Annual statistical returns and brief notes on vaccination in Bengal - 1896-1909
Year: 1896
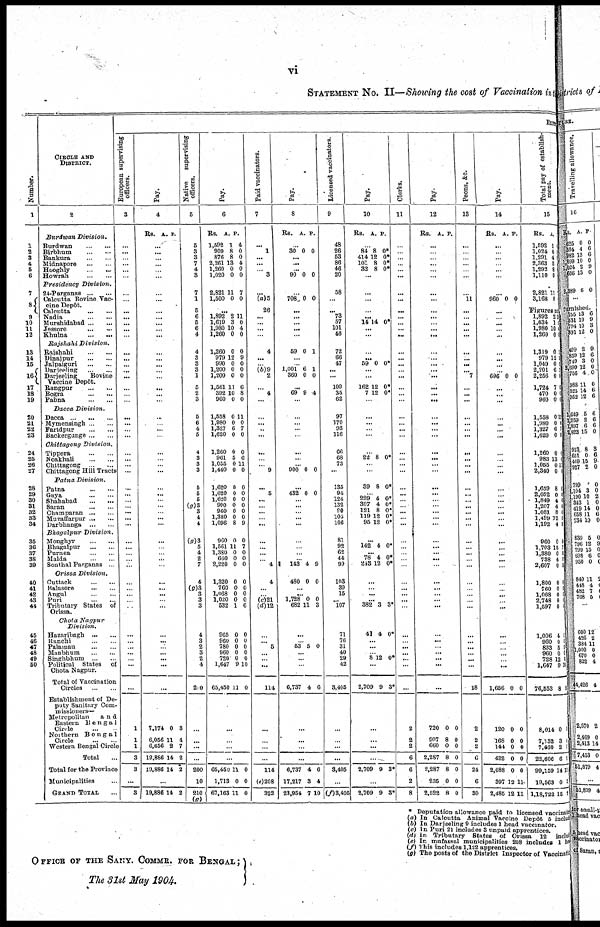
vi
STATEMENT NO. II—Showing the cost of Vaccination in the
Number.
1
1
2
3
4
5
6
7
8
9
10
11
12
13
14
15
16
17
18
19
20
21
22
23
24
25
26
27
28
29
30
31
32
33
34
35
36
37
38
39
40
41
42
43
44
45
46
47
48
49
50
CIRCLE AND
DISTRICT.
2
Burdwan
Division.
Burdwan
...
...
Birbhum
...
...
Bankura
...
...
Midnapore
...
...
Hooghly
...
...
Howrah
...
...
Presidency
Division.
24-Parganas
...
...
Calcutta Bovine Vac-
cine Depôt.
Calcutta
...
...
Nadia
...
...
Murshidabad ... ...
Jessore
...
...
Khulna
...
...
Rajshahi
Division.
Rajshahi
...
...
Dinajpur
...
...
Jalpaiguri
...
...
Darjeeling
...
...
Darjeeling
Bovine
Vaccine Depôt.
Rangpur
...
...
Bogra
...
...
Pabna
...
...
Dacca
Division.
Dacca
...
...
Mymensingh ... ...
Faridpur
...
...
Backergunge ... ...
Chittagong
Division.
Tippera
...
...
Noakhali
...
...
Chittagong
...
...
Chittagong Hill Tracts
Patna
Division.
Patna
...
...
Gaya ... ...
Shahabad
...
...
Saran
...
...
Champaran ... ...
Muzaffarpur ... ...
Darbhanga
...
...
Bhagalpur
Division.
Monghyr
...
...
Bhagalpur
...
...
Purnea
...
...
Malda
...
...
Sonthal Parganas ...
Orissa
Division.
Cuttack
...
...
Balasore
...
...
Angul
...
...
Puri
...
...
Tributary States of
Orissa.
Chota
Nagpur
Division.
Hazaribagh
...
...
Ranchi
...
...
Palamau
...
...
Manbhum
...
...
Singhbhum
...
...
Political States of
Chota Nagpur.
Total of Vaccination
Circles
...
...
Establishment of De-
puty Sanitary Com-
missioners—
Metropolitan
and
Eastern
Benga1
Circle
...
...
Northern
Bengal
Circle
...
...
Western Bengal Circle
Total ...
Total for the Province
Municipalities ...
GRAND TOTAL ...
EXPE
European supervising
officers.
3
...
...
...
...
...
...
...
...
...
...
...
...
...
...
...
...
...
...
...
...
...
...
...
...
...
...
...
...
...
...
...
...
... ...
...
...
...
...
...
...
...
...
...
...
... ...
...
...
...
...
... ...
...
1
1
1
3
3
...
3
Pay.
4
Rs. A. P.
...
...
...
...
... ...
...
...
...
... ...
... ...
...
...
...
...
...
...
...
...
...
... ...
...
...
...
... ...
...
...
...
... ...
...
...
...
...
... ...
...
...
...
...
... ...
...
...
... ...
...
...
...
7,174
6,056
6,656
19,886
10,886
0
11
9
14
14
3
4
7
2
2
...
19,886 14 2
Native
supervising
officers.
5
5
3
3
7
4
3
7
1
5
6
5
6
4
4
3
3
3
1
5
2
3
5
6
4
5
4
3
3
3
5
5
5
(g)3
3
4
4
(g)3
5
4
2
7
4
(g)3
3
3
3
4
3
2
3
2
4
210
...
...
...
...
200
10
210
(g)
Pay.
6
Rs.
1,592
909
876
2,261
1,260
1,020
2,821
1,500
A.
1
8
8
13
0
0
11
0
P.
4
0
0
4
0
0
7
0
...
1,892
1,619
1,980
1,260
1,260
979
990
1,200
1,200
1,561
392
960
2
3
10
0
0
12
0
0
0
11
10
0
11
0
4
0
0
9
0
0
0
6
8
0
1,558
1,980
1,327
1,620
1,260
961
1,055
1,440
1,620
1,620
1,620
900
960
1,380
1,096
960
1,561
1,380
660
2,220
1,320
760
1,068
1,020
532
0
0
6
0
0
5
0
0
0
0
0
0
0
0
8
0
11
0
0
0
0
0
0
0
1
11
0
7
0
0
6
11
0
0
0
0
0
0
0
9
0
7
0
0
0
0
0
0
0
6
965
960
780
960
720
1,647
65,450
0
0
0
0
0
9
11
0
0
0
0
0
10
0
...
...
...
...
65,460
1,713
67,163
11
0
11
0
0
0
Paid vaccinators.
7
... 1
...
...
... 3
...
(a)5
26
...
...
. ..
...
4
...
... (b)9
2
... 4
...
...
...
...
...
...
...
... 9
... 5
...
... ...
... ...
...
...
...
... 4
4
...
... (c)21
(d)12
...
... 5
...
... ...
114
...
...
...
...
114
(e)208
322
Pay.
8
Rs. A. P.
...
30 0 0
...
...
...
90 0 0
... 708 0 0
...
...
...
...
...
59 0 1
...
... 1,001
360
6
0
1
0
...
69 9 4
...
...
...
...
...
...
...
...
900 0 0
...
432 0 0
...
... ...
... ...
...
... ...
...
143 4 9
480 0 0
...
...
1,728
682
0
11
0
3
...
... 53 5 0
...
...
6,731 4 6
...
...
...
...
6,737
17,217
23,954
4
3
7
6
4
10
Licensed vaccinators.
9
48
26
53
86
46
20
58
...
... 73
57
101
46
72
66
47
... ...
109
35
62
97
170
93
116
66
68
73
...
135
94
124
132
90
105
106
81
92
62
44
99
103
39
15
... 107
71
76
31
40
29
42
3,405
...
...
...
...
3,405
...
(f) 3,405
Pay.
10
Rs. A. P.
... 84
414
101
32
8
12
8
8
0* 0*
0*
0*
...
...
...
...
... 14 14 0*
... ...
...
...
59 0 0*
...
...
162
7
12
12
0*
0*
...
...
...
...
...
... 22 8 0*
...
...
39 8 0*
... 229
307
121
119
95
4
4
8
12
12
0*
0*
0*
0*
0*
...
142 4 0*
...
78
243
4
12
0*
0*
...
... ...
...
382 3 3*
41 4 0*
...
...
... 8 12 0*
...
2,709 9 3*
...
...
...
...
2,709 9 3*
...
2,709 9 3*
Clerks.
11
...
...
...
...
...
...
...
...
...
...
...
...
...
...
...
...
...
...
...
...
...
...
...
...
...
...
...
...
...
...
...
...
... ...
...
...
...
...
...
...
...
...
...
...
...
...
...
...
...
...
...
...
...
2
2
2
6
6
2
8
Pay.
12
Rs. A. P.
...
...
... ...
...
...
...
...
...
...
...
... ...
...
... ...
... ...
...
... ...
...
...
...
...
...
...
...
...
...
...
...
... ...
... ...
...
...
...
...
...
...
...
...
... ...
...
...
...
...
...
...
...
720
907
660
2,287
2,287
235
2,522
0
8
0
8
8
0
8
0
0
0
0
0
0
0
Peons, &c.
13
...
...
...
...
...
...
...
11
...
...
...
...
...
...
...
...
... 7
...
...
...
...
...
...
...
...
...
...
...
...
...
...
... ...
...
...
...
...
...
...
...
...
...
...
... ...
...
...
...
...
...
...
18
2
2
2
0
24
6
30
Pay.
14
Rs. A. P.
...
... ...
...
... ...
...
960 0 0
...
...
...
...
...
...
...
... ...
696 0 0
...
... ...
...
...
...
...
...
... ...
...
...
... ...
... ...
... ...
...
...
...
... ...
...
... ...
... ...
...
...
...
...
... ...
1,656 0 0
120
168
144
482
2,088
397
2,485
0
0
0
0
0
12
12
0
0
0
0
0
11
11
Total pay of establish-
ment.
15
Rs.
1,592
1,024
1,291
2,363
1,292
1,110
2,821
3,168
A.
1
0
4
5
8
0
11
0
P.
Figures not
1,892
1,634
1,980
1,260
1,319
979
1,049
2,201
2,256
1,724
470
960
2
l
10
0
0
12
0
6
0
7
0
0
12
6
4
1
1
1
1
1
1
1,558
1,980
1,327
1,620
1,260
983
1,055
2,340
1,659
2,062
1,849
1 207
1,081 1,499
l,192
960
1,703
1,380
738
2,607
1,800
760
1,068
2 748
1,597
0
0
6
0
0
13
0
0
8
0
4
4
8
12
4
0
15
0
4
0
0
0 0
0 0
11
1
1
1
0
0
11
0
0 0
1
1
0 0
0
7
0 0
9
0
0
0
0
1
1,006
960
833
960
728
1,647
76,553
4
0 5
0
12
9
8
0
0
0
0
0
10
0
8,014
7,132
7,460
22,606
99,159
19,563
1,18,722
0
3
2
6
14
0
15
1
1
1
1
11
3
1
* Deputation allowance paid to licensed vaccinated
(a) In Calcutta Animal Vaccine Depôt 5 include
(b) In Darjeeling 9 includes 1 head vaccinator.
(c) In Puri 21 includes 3 unpaid apprentices.
(d) In Tributary States of Orissa 12 include
(e) In mufassal municipalities 208 includes 1 be
(f) This includes 1,122 apprentices.
(g) The posts of the District Inspector of Vaccination
OFFICE OF THE SANY. COMMR. FOR BENGAL ;
The 31st May 1904.